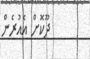
ދޫކޮށް އެއުރެން